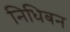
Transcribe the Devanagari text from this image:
निधिबन